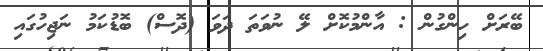
ބޭރަށް ހިންގުން : އާންމުކޮށް ލޭ ނުވަތަ ދަވަ (ދޮސް) ބޮޑުކަމު ނަޖިހުގައި